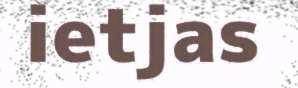
ietjas